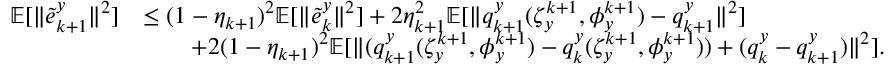
\begin{array} { r l } { \mathbb { E } [ \| \tilde { e } _ { k + 1 } ^ { y } \| ^ { 2 } ] } & { \le ( 1 - \eta _ { k + 1 } ) ^ { 2 } \mathbb { E } [ \| \tilde { e } _ { k } ^ { y } \| ^ { 2 } ] + 2 \eta _ { k + 1 } ^ { 2 } \mathbb { E } [ \| q _ { k + 1 } ^ { y } ( \zeta _ { y } ^ { k + 1 } , \phi _ { y } ^ { k + 1 } ) - q _ { k + 1 } ^ { y } \| ^ { 2 } ] } \\ & { \qquad + 2 ( 1 - \eta _ { k + 1 } ) ^ { 2 } \mathbb { E } [ \| ( q _ { k + 1 } ^ { y } ( \zeta _ { y } ^ { k + 1 } , \phi _ { y } ^ { k + 1 } ) - q _ { k } ^ { y } ( \zeta _ { y } ^ { k + 1 } , \phi _ { y } ^ { k + 1 } ) ) + ( q _ { k } ^ { y } - q _ { k + 1 } ^ { y } ) \| ^ { 2 } ] . } \end{array}